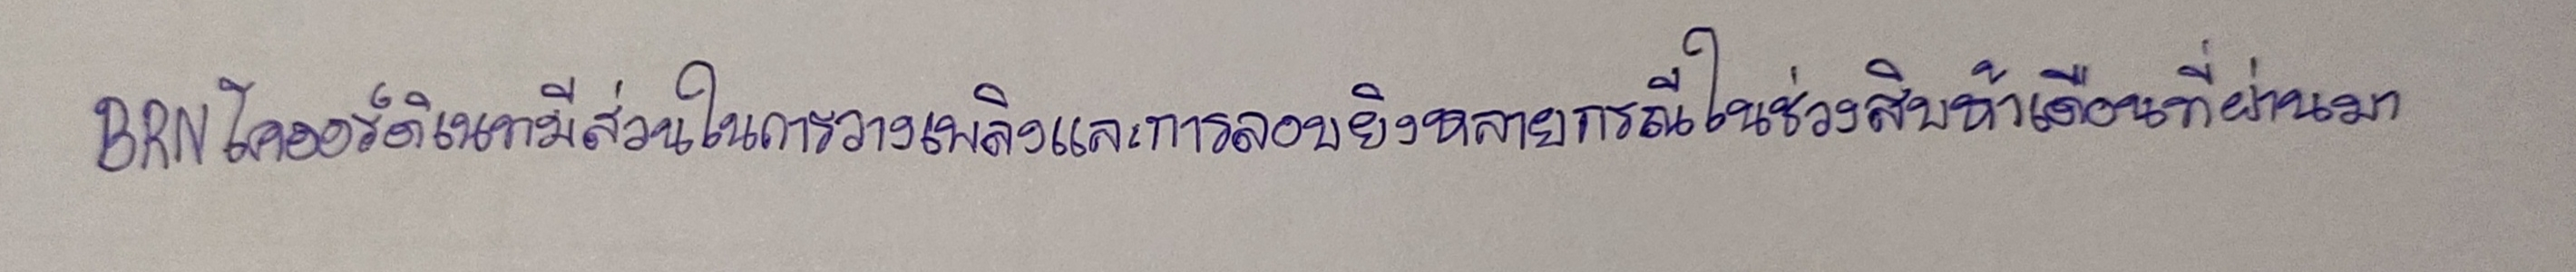
BRNโคออร์ดิเนทมีส่วนในการวางเพลิงและการลอบยิงหลายกรณีในช่วงสิบห้าเดือนที่ผ่านมา